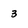
Character: 3